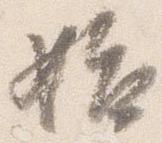
始